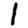
Digit: 1